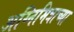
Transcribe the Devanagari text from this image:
अग्निमित्राच्या